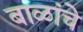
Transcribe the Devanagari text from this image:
बाळांचे